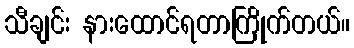
သီချင်း နားထောင်ရတာကြိုက်တယ်။